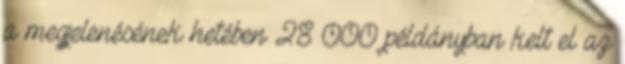
a megjelenésének hetében 28 000 példányban kelt el az